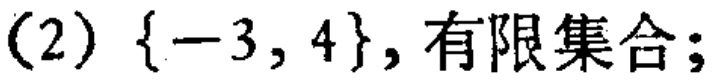
(2) \(\{-3, 4\}\), 有限集合;